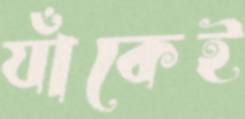
যাঁকেই